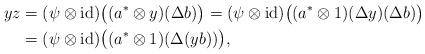
LaTeX: \begin{align*}yz&=(\psi\otimes\operatorname{id})\bigl((a^*\otimes y)(\Delta b)\bigr)=(\psi\otimes\operatorname{id})\bigl((a^*\otimes 1)(\Delta y)(\Delta b)\bigr) \\&=(\psi\otimes\operatorname{id})\bigl((a^*\otimes 1)(\Delta(yb))\bigr),\end{align*}